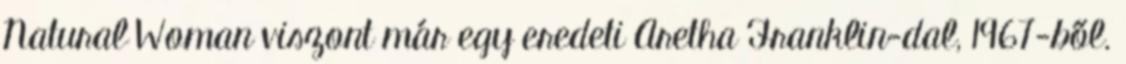
Natural Woman viszont már egy eredeti Aretha Franklin-dal, 1967-ből.